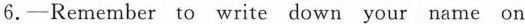
6.—Remeber to write down your name on